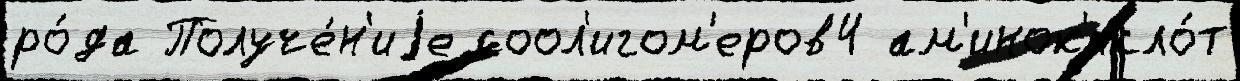
ро́да Получе́н'иjе соол'игом'еров4 ам'инок'исло́т